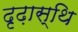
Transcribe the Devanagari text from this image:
दृढ़ास्थि